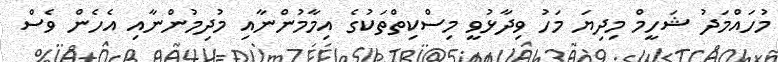
މުހައްމަދު ޝަހީމް މިދިޔަ މަހު ވިދާޅުވީ މިސްކިތްތަކުގެ އިމާމުންނާއި މުދިމުންނާއި އެހެން ވެސް